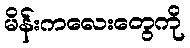
မိန်းကလေးတွေကို